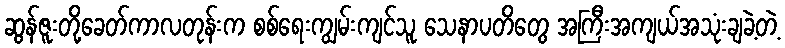
ဆွန်ဇူးတို့ခေတ်ကာလတုန်းက စစ်ရေးကျွမ်းကျင်သူ သေနာပတိတွေ အကြီးအကျယ်အသုံးချခဲ့တဲ့